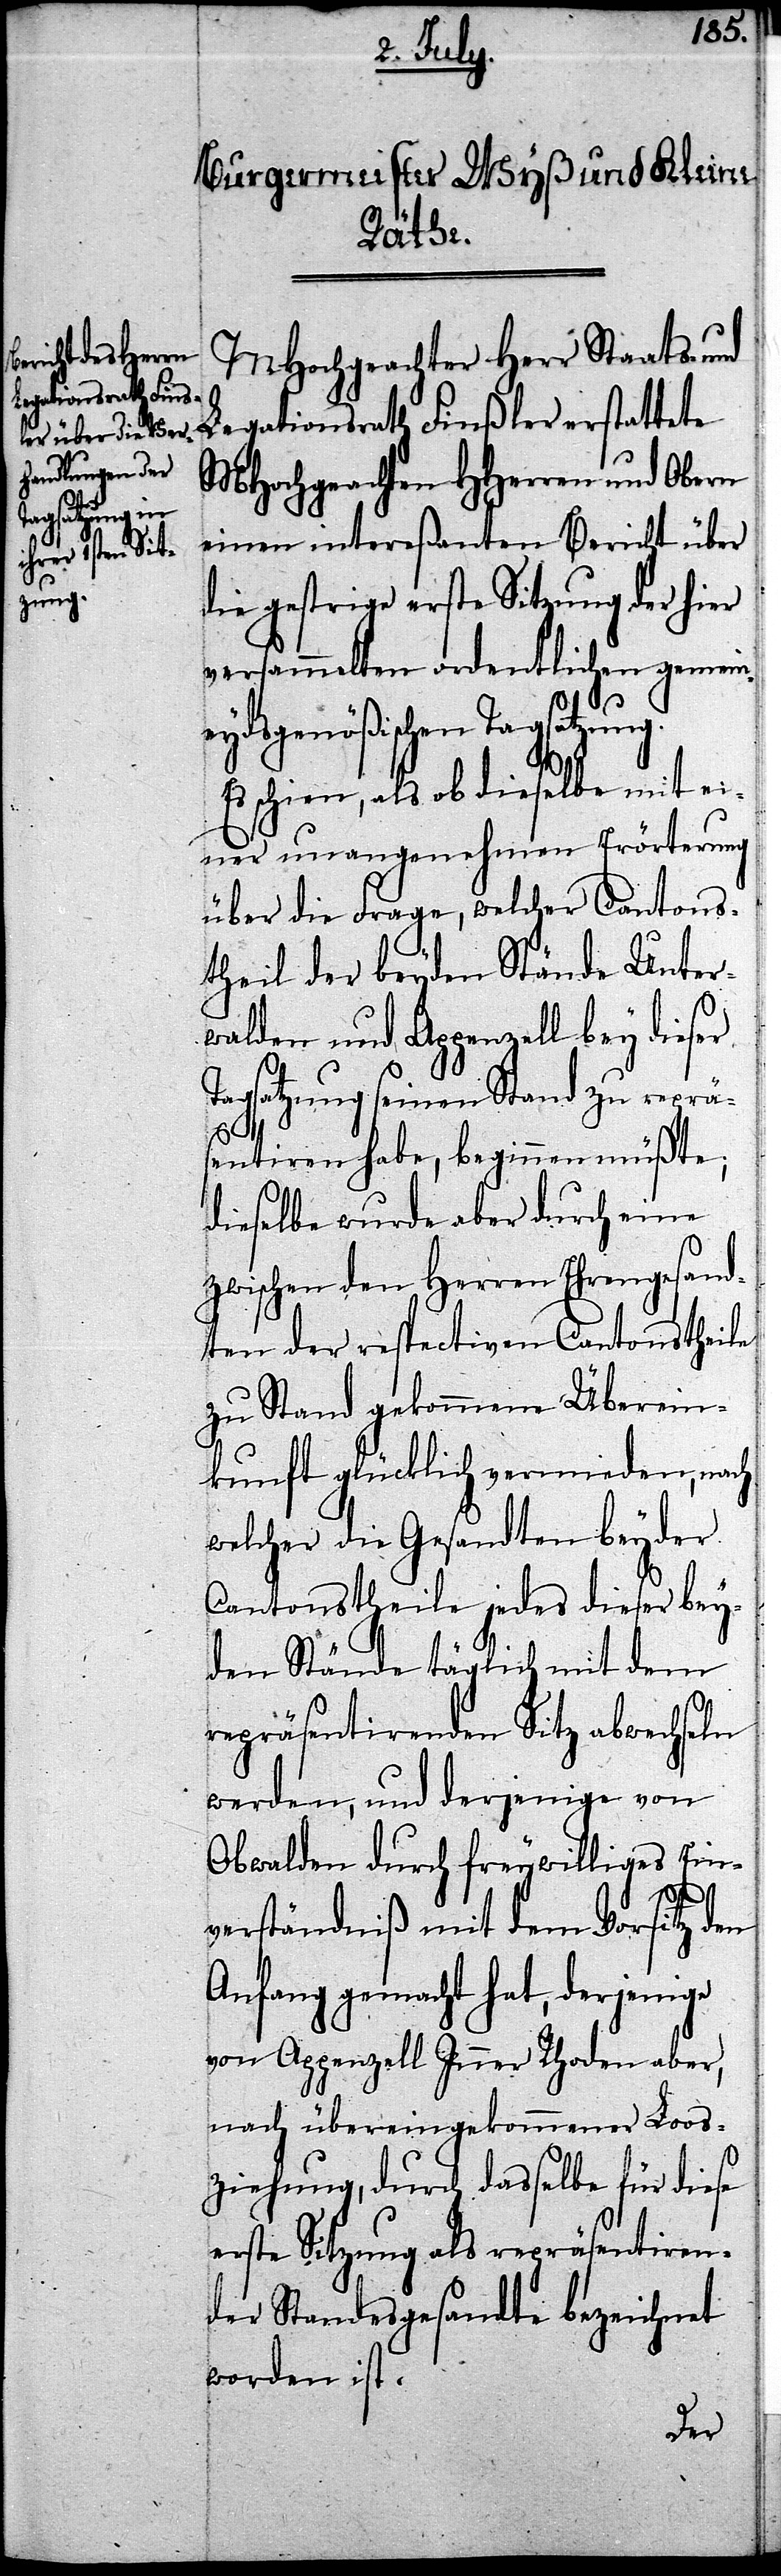
MHochgeachter Herr Staats- und
Legationsrath Finsler erstattete
MHochgeachten HHerren und Obern
einen intereßanten Bericht über
die gestrige erste Sitzung der hier
versammelten ordentlichen gemein¬
eydsgenößischen Tagsatzung.
Es schiene, als ob dieselbe mit ei¬
ner unangenehmen Erörterung
über die Frage, welcher Cantons¬
theil der beyden Stände Unter¬
walden und Appenzell bey dieser
Tagsatzung seinen Stand zu repräs¬
entiren habe, beginnen müßte;
dieselbe wurde aber durch eine
zwischen den Herren Ehrengesand¬
ten der respectiven Cantonstheile
zu Stand gekommene Überein¬
kunft glücklich vermieden, nach
welcher die Gesandten beyder
Cantonstheile jedes dieser bey¬
den Stände täglich mit dem
repräsentirenden Sitz abwechseln
werden, und derjenige von
Obwalden durch freywilliges Ein¬
verständniß mit dem Vorsitz den
Anfang gemacht hat, derjenige
von Appenzell Inner Rhoden aber,
nach übereingekommener Loos¬
ziehung, durch dasselbe für diese
erste Sitzung als repräsentiren¬
der Standesgesandte bezeichnet
worden ist.